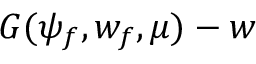
G ( \psi _ { f } , w _ { f } , \mu ) - w